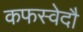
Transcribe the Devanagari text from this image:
कफस्वेदौ